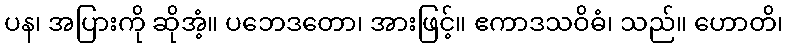
ပန၊ အပြားကို ဆိုအံ့။ ပဘေဒတော၊ အားဖြင့်။ ဧကာဒသဝိဓံ၊ သည်။ ဟောတိ၊